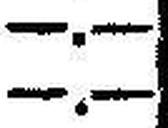
—.—